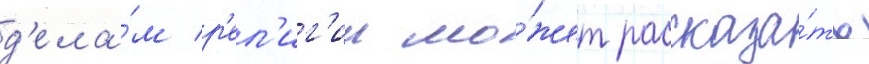
д'ела́м р'ел'иг'ии мо́жет рассказа́ть